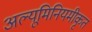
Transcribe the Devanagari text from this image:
अल्यूमिनियमीकृत